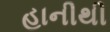
હાનીથી